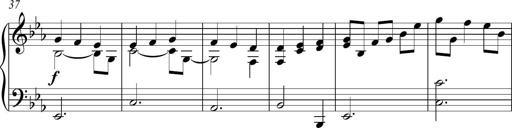
Title: Piano Sonatina in C
Composer: Daniel LÃ©o Simpson
Key: C major